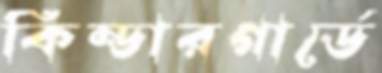
কিন্ডারগার্ডে